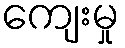
ကျေးမှု